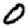
Digit: 0